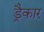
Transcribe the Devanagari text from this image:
ड्रैकार